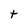
Character: t